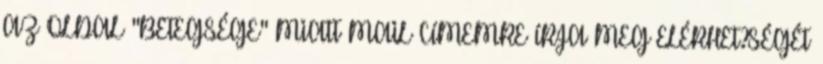
AZ OLDAL "BETEGSÉGE" MIATT MAIL CÍMEMRE ÍRJA MEG ELÉRHET?SÉGÉT